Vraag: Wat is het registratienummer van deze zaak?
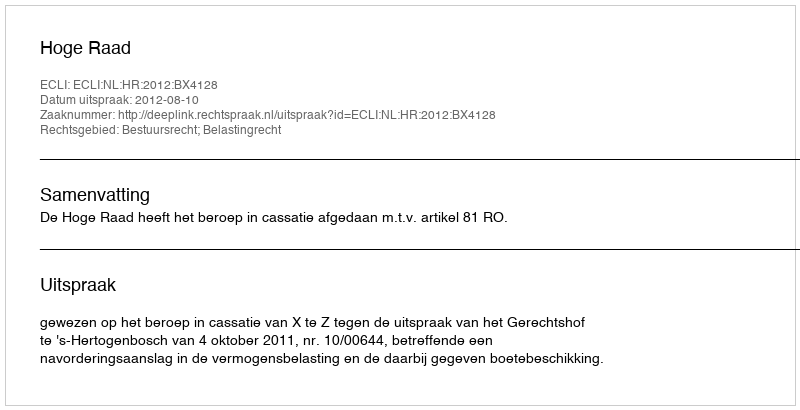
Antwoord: http://deeplink.rechtspraak.nl/uitspraak?id=ECLI:NL:HR:2012:BX4128